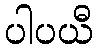
ပါပယီ